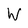
Character: W